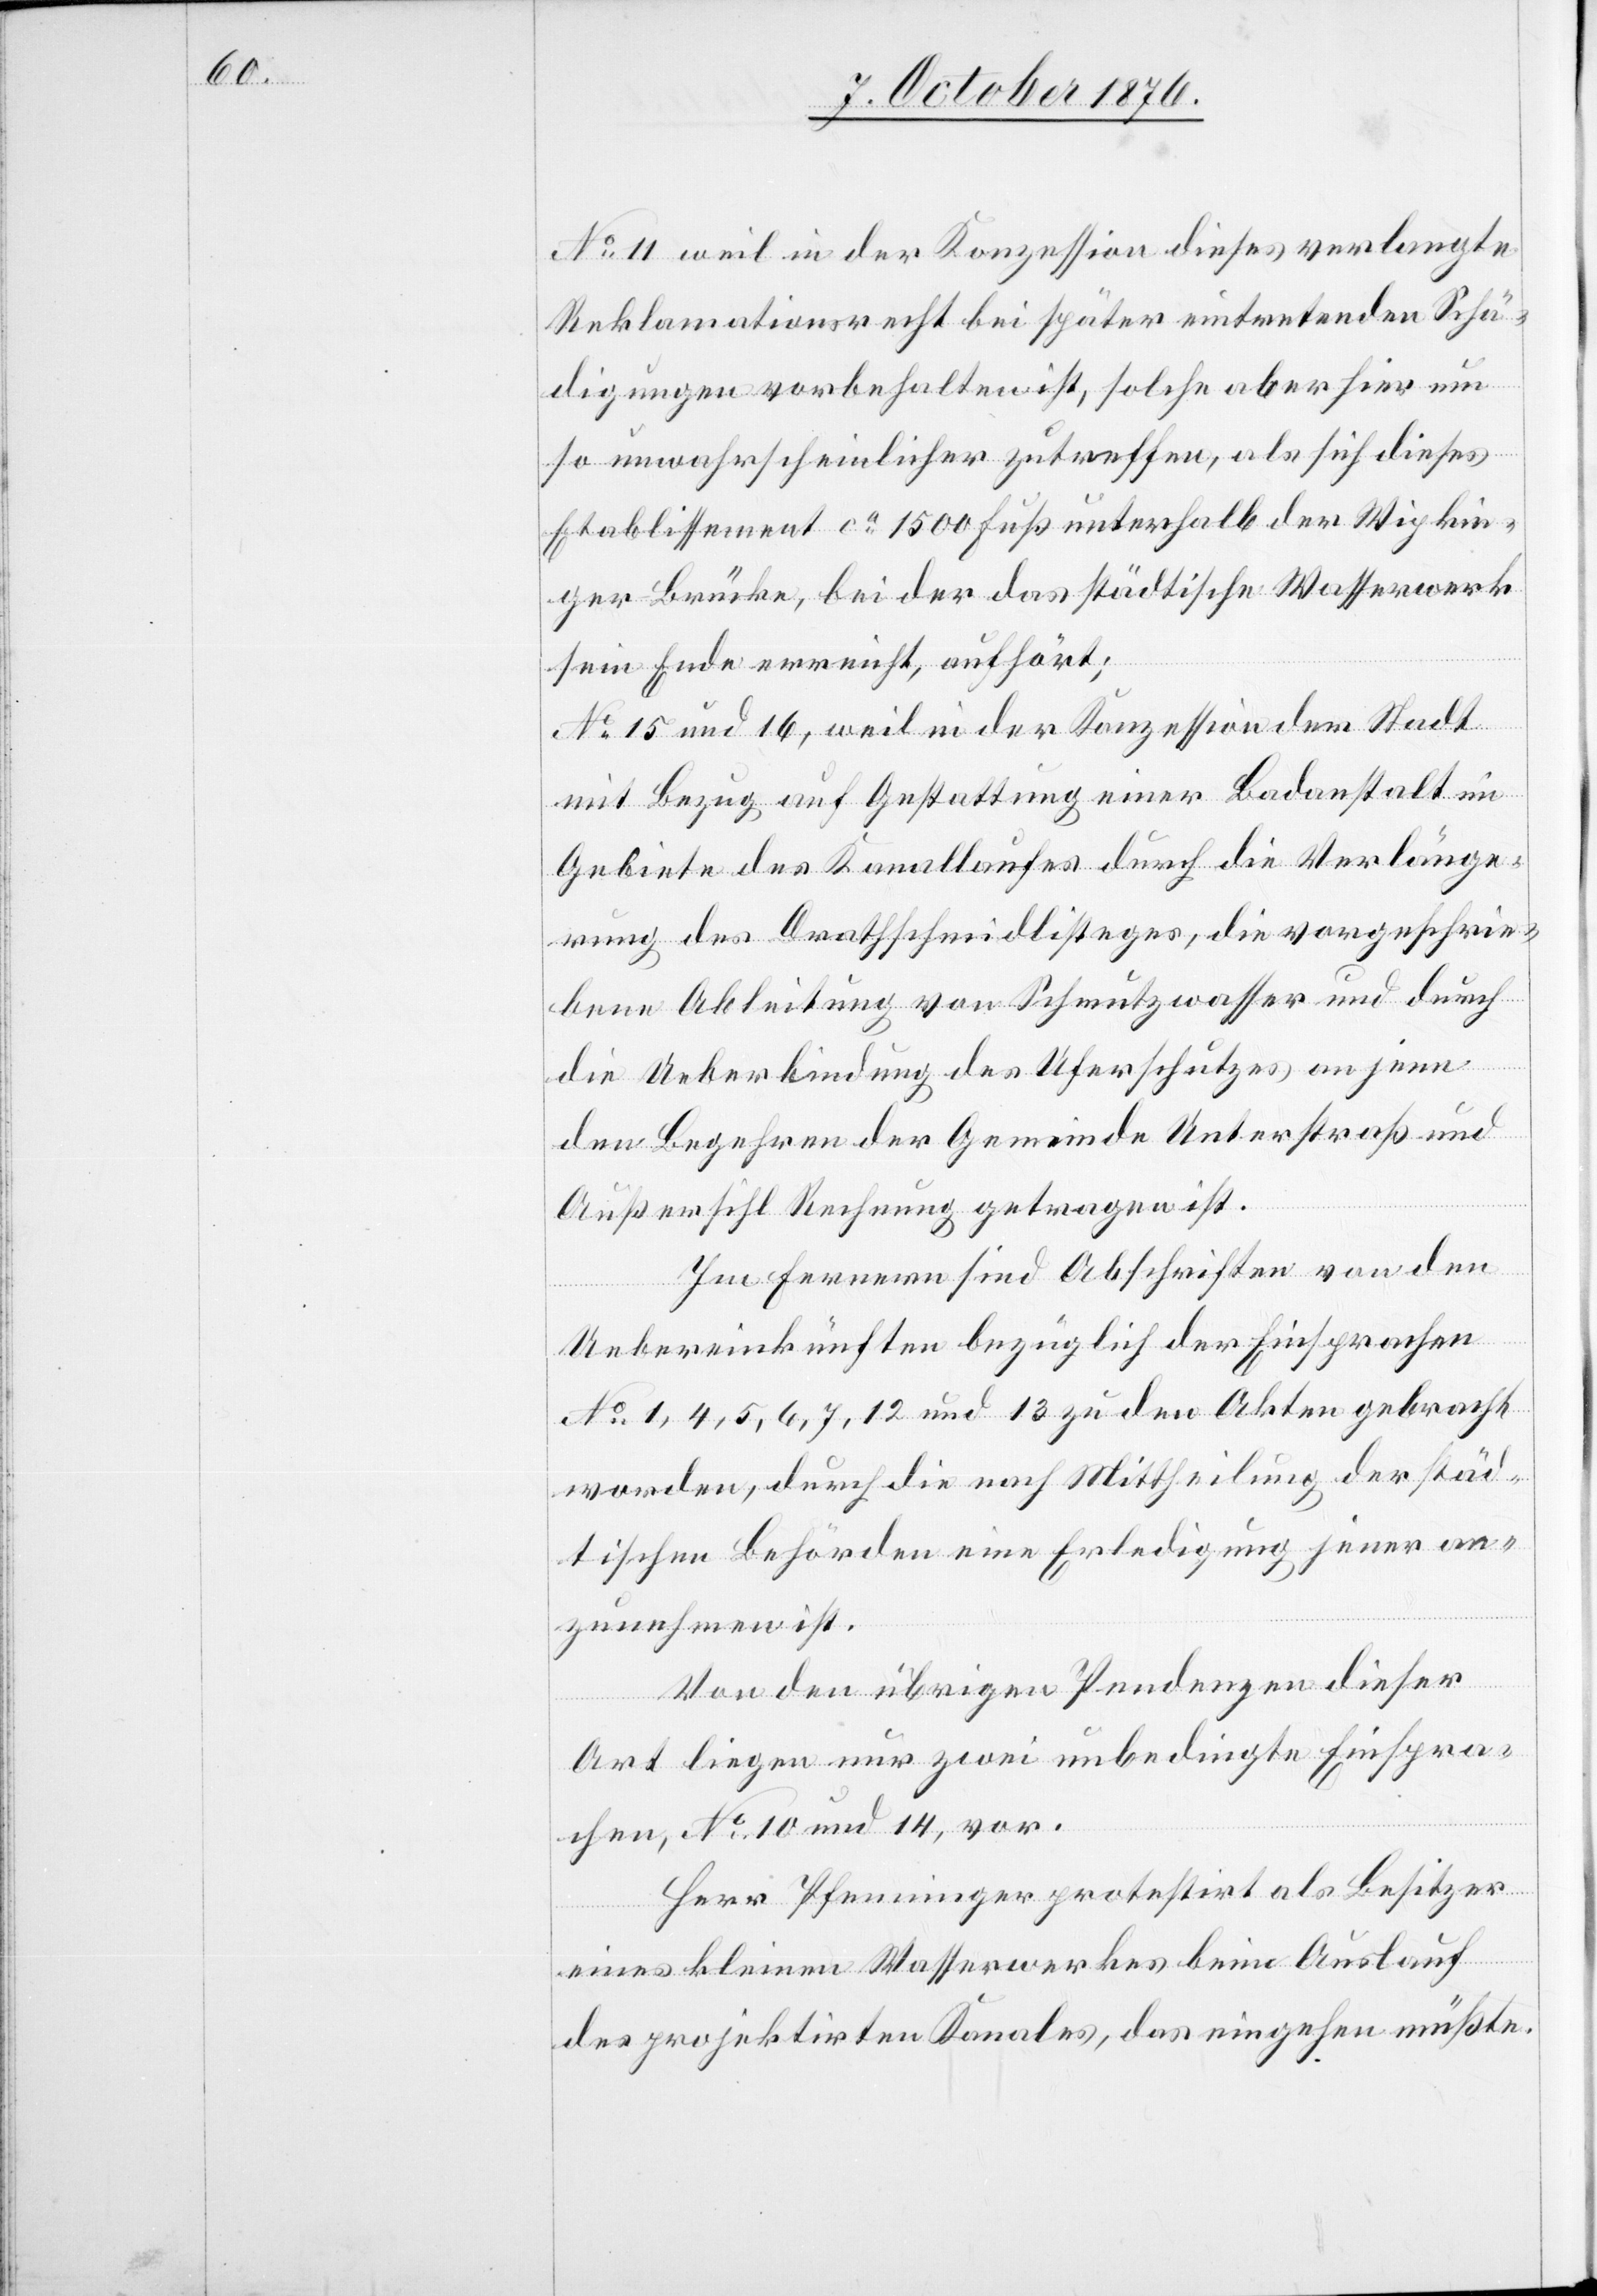
No 11 weil in der Konzession dieses verlangte
Reklamationsrecht bei später eintretenden Schä¬
digungen vorbehalten ist, solch aber hier um
so unwahrscheinlicher zutreffen, als sich dieses
Etablissement ca 1500 Fuß unterhalb der Wipkin¬
ger Brücke, bei der das städtische Wasserwerk
sein Ende erreicht, aufhört;
No 15 und 16, weil in der Konzession der Stadt
mit Bezug auf Gestattung einer Badeanstalt im
Gebiete des Kanallaufes durch die Verlänge¬
rung des Drathschmidlisteges, die vorgeschrie¬
bene Ableitung von Schmutzwasser und durch
die Ueberbindung des Uferschutzes an jene
den Begehren der Gemeinde Unterstraß und
Außersihl Rechnung getragen ist.
Im Fernern sind Abschriften von den
Uebereinkünften bezüglich der Einsprachen
No 1, 4, 5, 6, 7, 12 und 13 zu den Akten gebracht
worden, durch die nach Mittheilung der städ¬
tischen Behörden eine Erledigung jener an¬
zunehmen ist.
Von den übrigen Pendenzen dieser
Art liegen nur zwei unbedingte Einspra¬
chen, No 10 und 14 vor.
Herr Pfenninger protestirt als Besitzer
eines kleinen Wasserwerkes beim Auslauf
des projektirten Kanales, das eingehen müßte